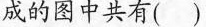
拼成的图中共有()